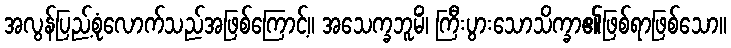
အလွန်ပြည့်စုံလောက်သည်အဖြစ်ကြောင့်။ အသေက္ခဘူမိံ၊ ကြီးပွားသောသိက္ခာ၏ဖြစ်ရာဖြစ်သော။